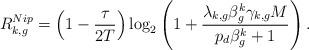
LaTeX: \begin{align*}R_{k,g}^{Nip}=\left(1-\frac{\tau}{2T}\right)\log_2\left(1+\frac{\lambda_{k,g}\beta_g^k\gamma_{k,g}M}{p_d\beta_g^k+1}\right).\end{align*}